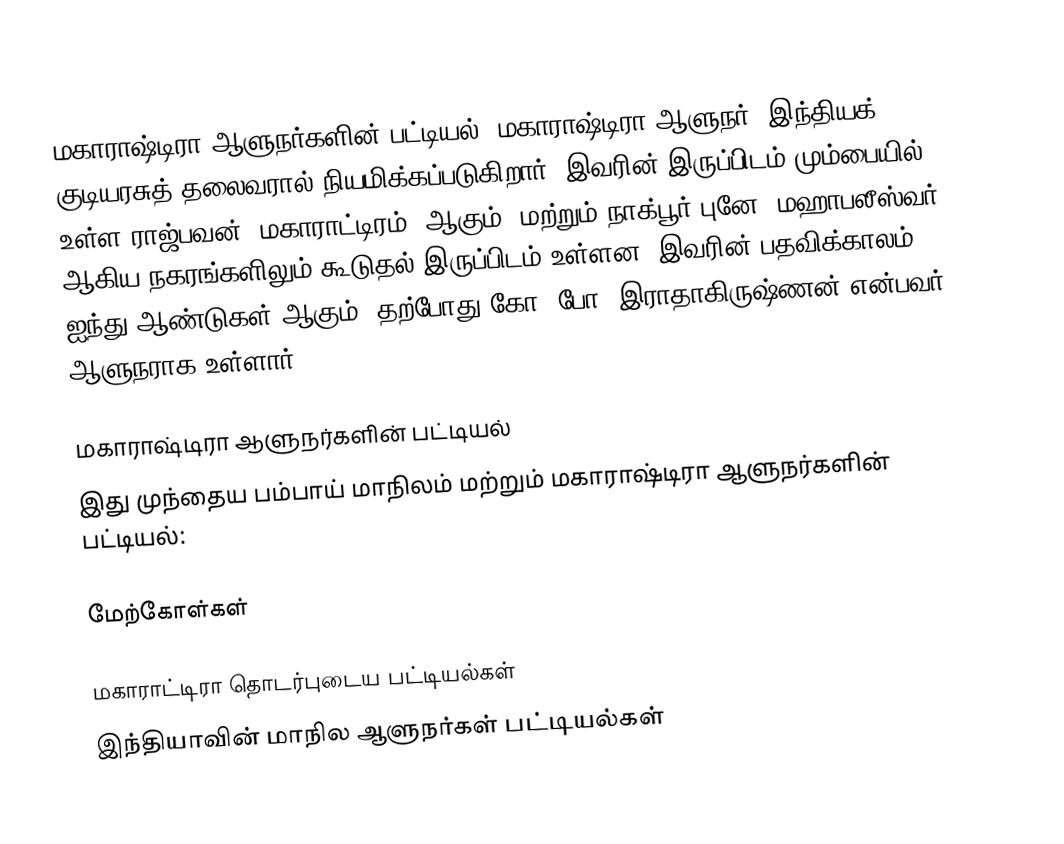
மகாராஷ்டிரா ஆளுநர்களின் பட்டியல், மகாராஷ்டிரா ஆளுநர், இந்தியக் குடியரசுத் தலைவரால் நியமிக்கப்படுகிறார். இவரின் இருப்பிடம் மும்பையில் உள்ள ராஜ்பவன் (மகாராட்டிரம்) ஆகும். மற்றும் நாக்பூர் புனே,  மஹாபலீஸ்வர் ஆகிய நகரங்களிலும் கூடுதல் இருப்பிடம் உள்ளன. இவரின் பதவிக்காலம் ஐந்து ஆண்டுகள் ஆகும். தற்போது கோ. போ. இராதாகிருஷ்ணன் என்பவர் ஆளுநராக உள்ளார்.

மகாராஷ்டிரா ஆளுநர்களின் பட்டியல்
இது முந்தைய பம்பாய் மாநிலம் மற்றும் மகாராஷ்டிரா ஆளுநர்களின் பட்டியல்:

மேற்கோள்கள்

மகாராட்டிரா தொடர்புடைய பட்டியல்கள்
இந்தியாவின் மாநில ஆளுநர்கள் பட்டியல்கள்